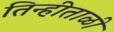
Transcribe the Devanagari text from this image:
तिन्हीताळी